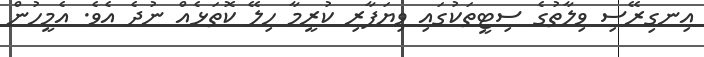
އިނގިރޭސި ވިލާތުގެ ސިޓީތަކުގައި ވިޔަފާރި ކުރީމާ ހިލޭ ކޮތަޅެއް ނުދެ އެވެ. އެމީހުން